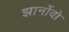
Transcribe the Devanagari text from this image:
झार्नोवो